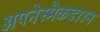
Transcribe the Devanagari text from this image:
अपनेस्मैकडाउन